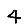
Digit: 4